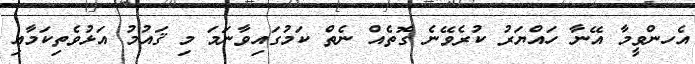
އެހންވީމާ އޭނާ ހައްޔަރު ކުރެވޭނެ ގޮތެއް ނެތް ކަމުގައިވާނަމަ މި ޤައުމު އަޅުވެތިކަމާއި